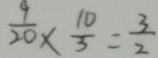
\frac { 9 } { 2 0 } \times \frac { 1 0 } { 3 } = \frac { 3 } { 2 }